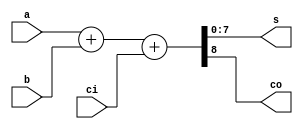
`timescale 1ns/100ps

module Add8 ( a, b, ci, s, co );
   input [7:0] a, b;
   input ci;
   output [7:0] s;
   output co;
   
   assign { co, s } = a + b + ci;
      
endmodule